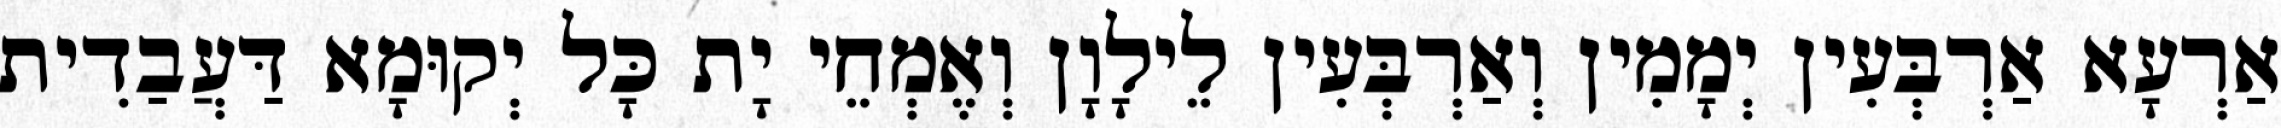
אַרְעָא אַרְבְּעִין יְמָמִין וְאַרְבְּעִין לֵילָוָן וְאֶמְחֵי יָת כָּל יְקוּמָא דַּעֲבַדִית